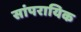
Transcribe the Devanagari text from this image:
सांपरायिक